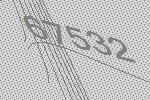
67532